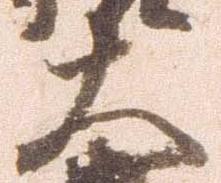
大